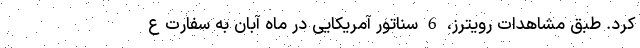
کرد. طبق مشاهدات رویترز، 6 سناتور آمریکایی در ماه آبان به سفارت ع